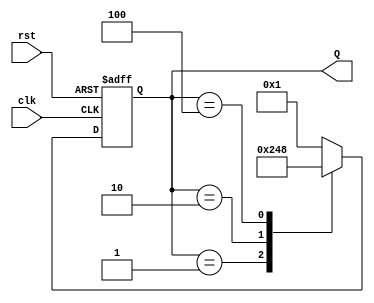
module ring_counter (
    input wire clk,       // Clock signal
    input wire rst,       // Asynchronous reset signal
    output reg [3:0] Q    // 4-bit output representing the current state
);

// State encoding
localparam STATE_0 = 4'b0001; // State 0
localparam STATE_1 = 4'b0010; // State 1
localparam STATE_2 = 4'b0100; // State 2
localparam STATE_3 = 4'b1000; // State 3

// State transition logic
always @(posedge clk or posedge rst) begin
    if (rst) begin
        Q <= STATE_0; // Reset to State 0
    end else begin
        case (Q)
            STATE_0: Q <= STATE_1; // Transition from State 0 to State 1
            STATE_1: Q <= STATE_2; // Transition from State 1 to State 2
            STATE_2: Q <= STATE_3; // Transition from State 2 to State 3
            STATE_3: Q <= STATE_0; // Transition from State 3 back to State 0
            default: Q <= STATE_0; // Default case (should not occur)
        endcase
    end
end

endmodule